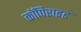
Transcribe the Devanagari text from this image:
कॉपिराइट